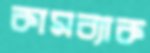
কামব্যাক